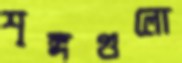
শৃঙ্গগুলো